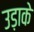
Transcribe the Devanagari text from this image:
उड़ाके